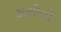
કાશીની